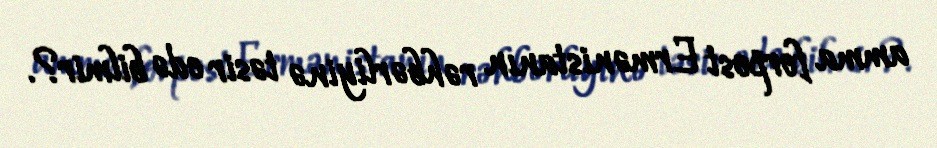
amma forpost Ermənistanın rəhbərliyinə təsir edə bilmir?.